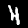
Label: 4